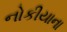
નોકીયાના